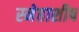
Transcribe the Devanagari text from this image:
स्नेहाशीष